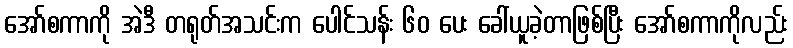
အော်စကာကို အဲဒီ တရုတ်အသင်းက ပေါင်သန်း ၆၀ ပေး ခေါ်ယူခဲ့တာဖြစ်ပြီး အော်စကာကိုလည်း